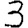
Digit: 3